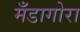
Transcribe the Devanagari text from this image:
मँडागोरा